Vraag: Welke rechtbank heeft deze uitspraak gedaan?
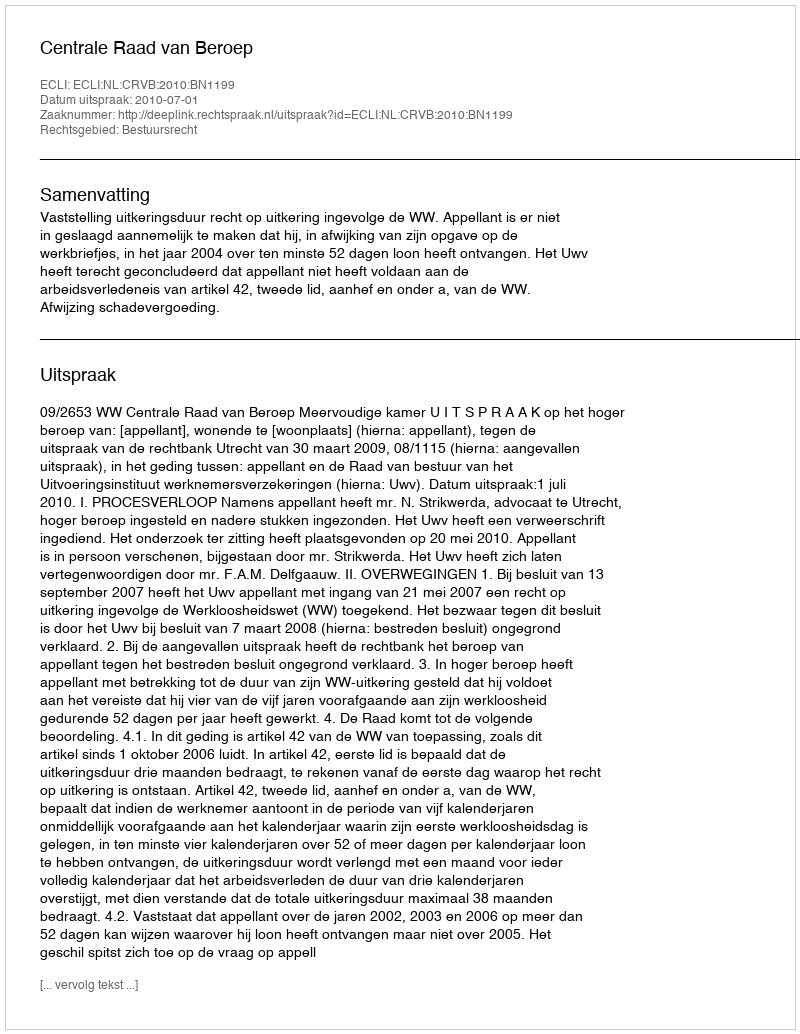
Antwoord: Centrale Raad van Beroep